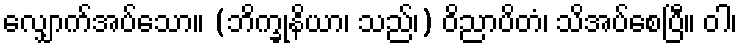
လျှောက်အပ်သော။ (ဘိက္ခုနိယာ၊ သည်၊) ဝိညာပိတံ၊ သိအပ်စေပြီ။ ဝါ၊